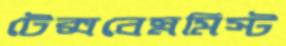
টেক্সবেস্নমিস্ট